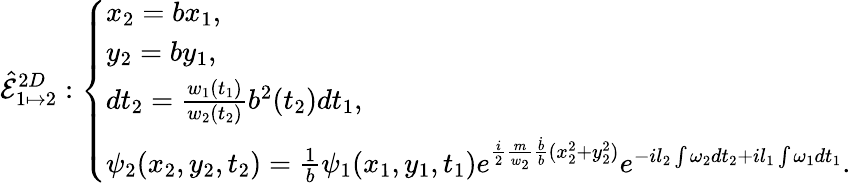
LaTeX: \hat{\mathcal{E}}_{1\mapsto 2}^{2D}:\left\{ \begin{array}{ll}{x_{2}=bx_{1},}\\ {y_{2}=by_{1},}\\ {dt_{2}=\frac{w_{1}(t_{1})}{w_{2}(t_{2})}b^{2}(t_{2})dt_{1},}\\ {\psi_{2}(x_{2},y_{2},t_{2})=\frac{1}{b}\psi_{1}(x_{1},y_{1},t_{1})e^{\frac{i}{2}\frac{m}{w_{2}}\frac{\dot{b}}{b}(x_{2}^{2}+y_{2}^{2})}e^{-il_{2}\int\omega_{2}dt_{2}+il_{1}\int\omega_{1}dt_{1}}.}\end{array}\right.